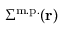
\Sigma ^ { \mathrm { m . p . } } ( \mathbf { r } )